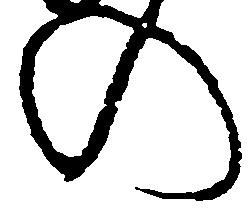
の